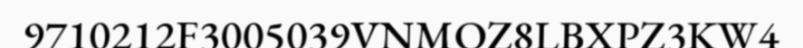
9710212F3005039VNMOZ8LBXPZ3KW4